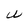
Character: U